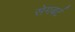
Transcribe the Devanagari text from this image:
सेगबर्ट